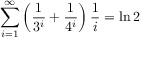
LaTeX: \sum _ { i = 1 } ^ { \infty } \left( { \frac { 1 } { 3 ^ { i } } } + { \frac { 1 } { 4 ^ { i } } } \right) { \frac { 1 } { i } } = \ln 2